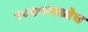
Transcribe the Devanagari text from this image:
१८७१मध्येच